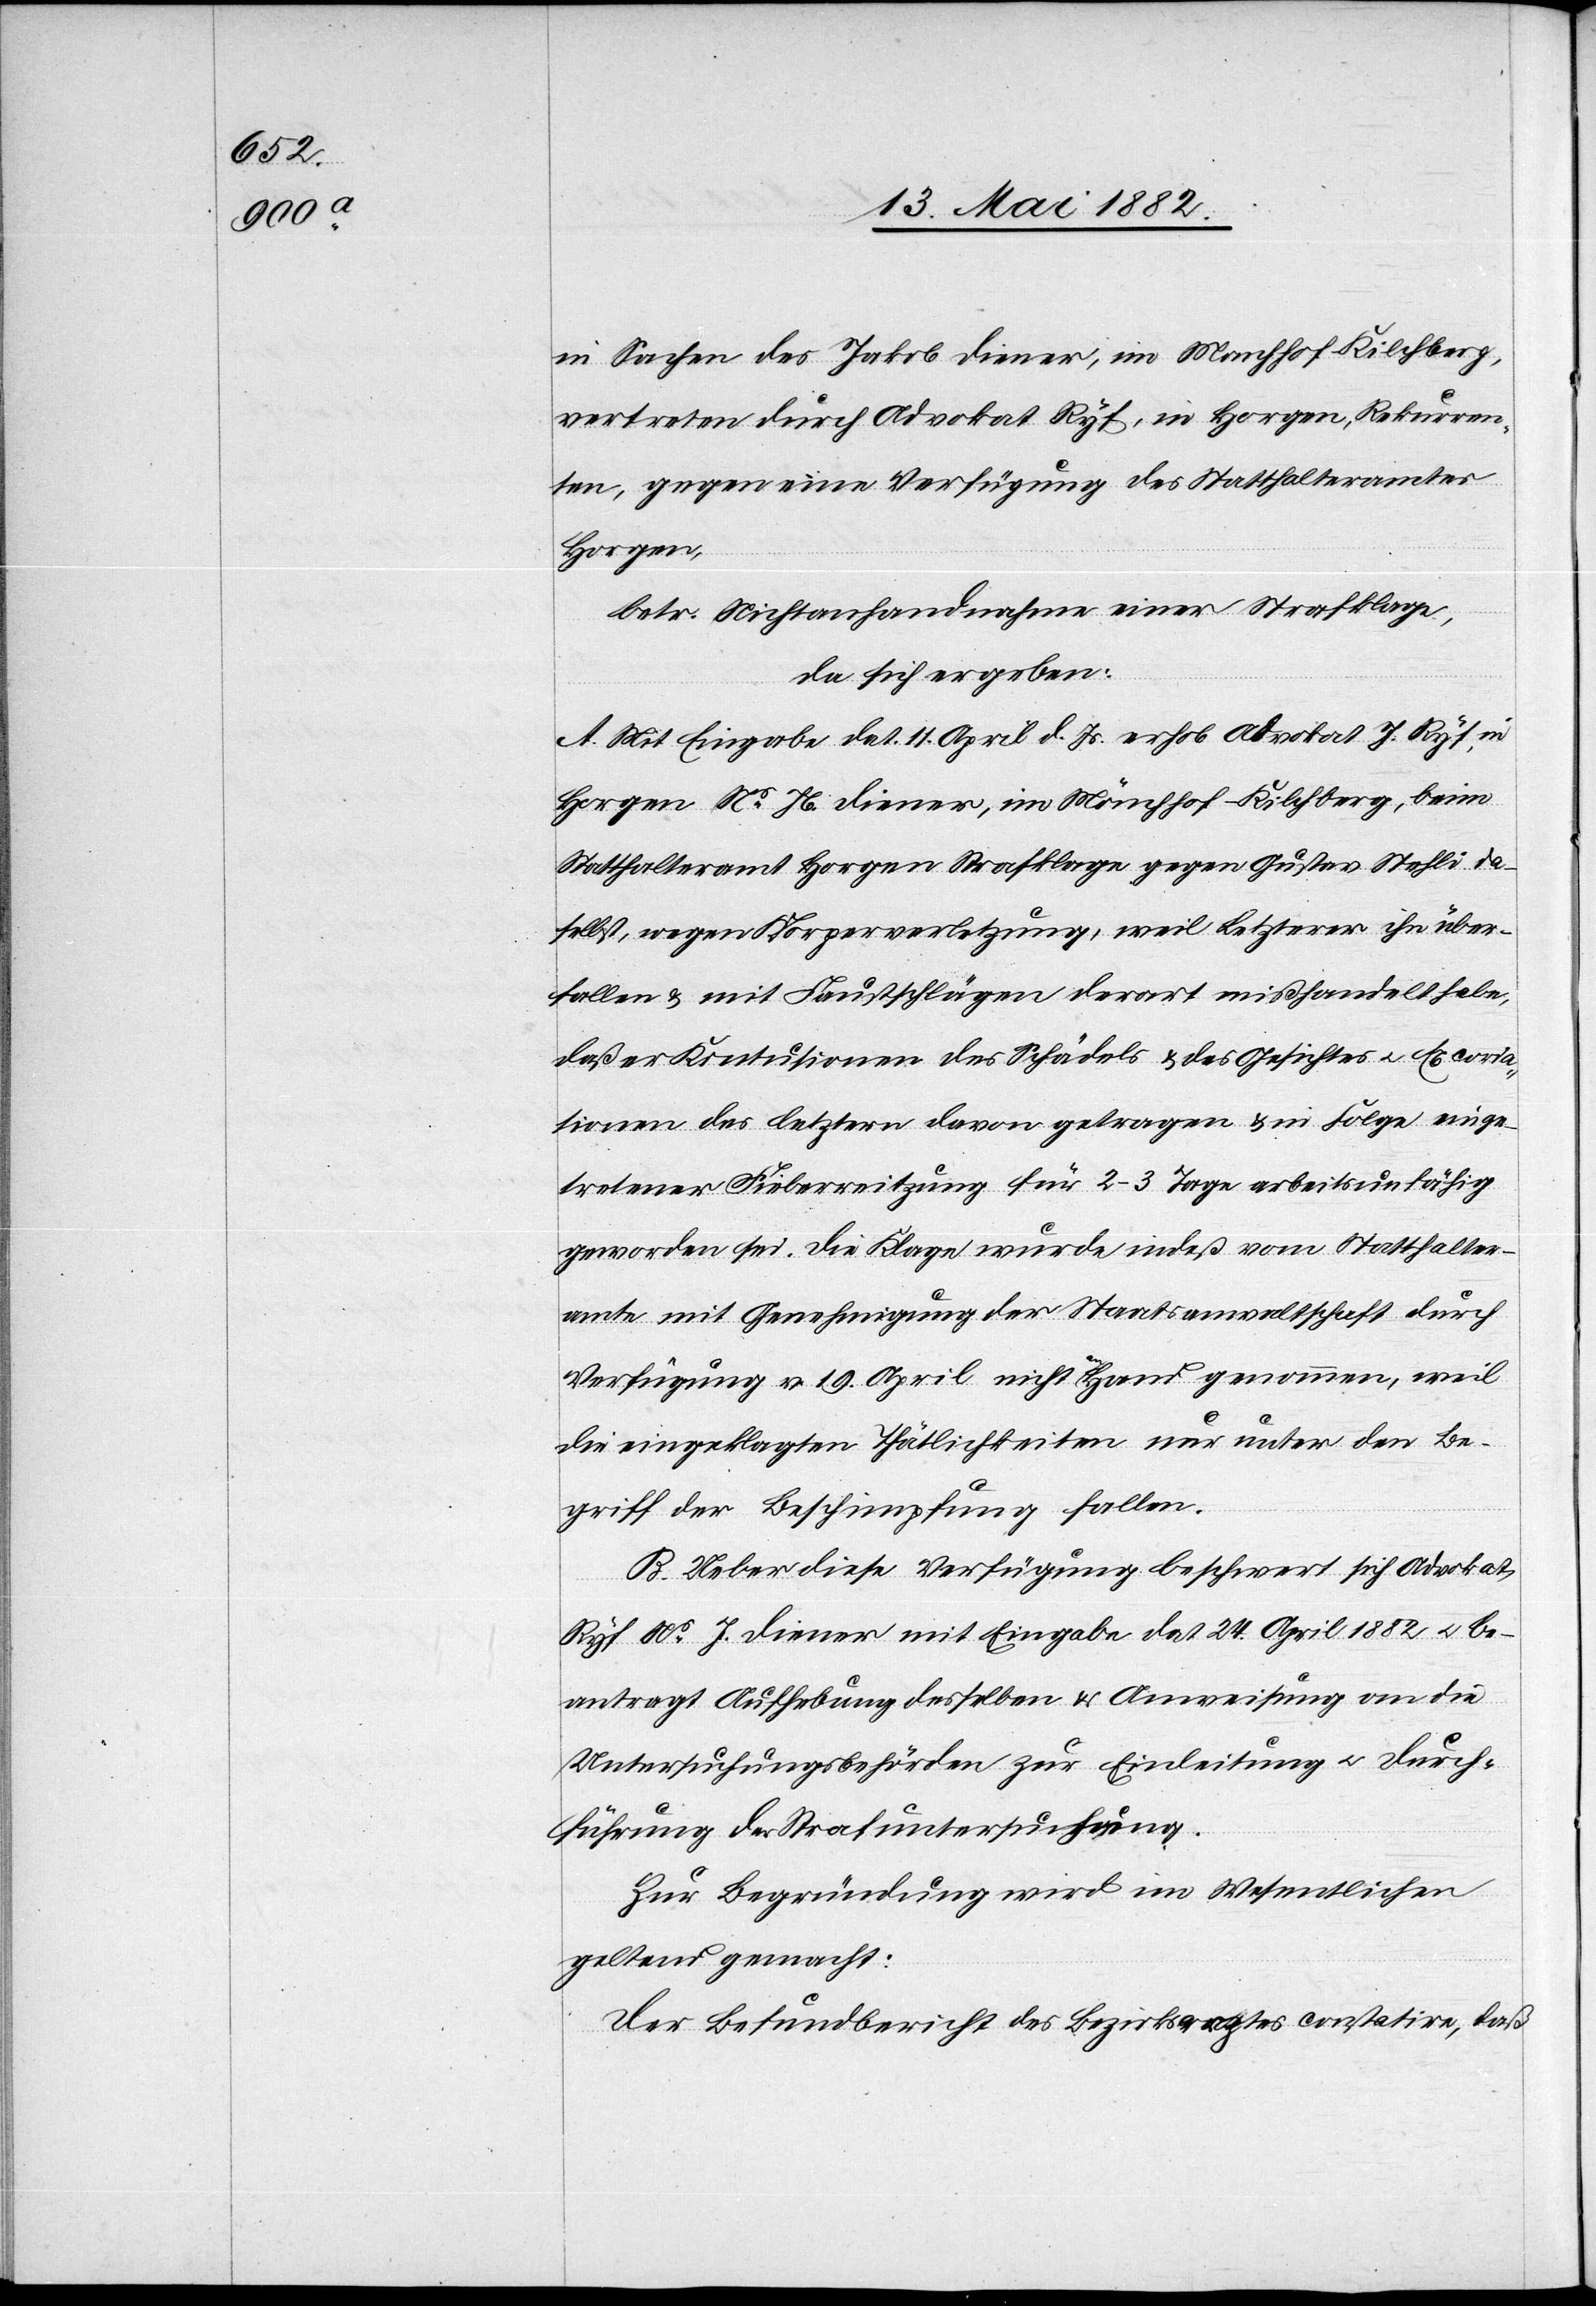
in Sachen des Jakob Diener, im Mönchhof - Kilchberg,
vertreten durch Advokat Ryf, in Horgen, Rekurren¬
ten gegen eine Verfügung des Statthalteramtes
Horgen,
betr. Nichtanhandnahme einer Strafklage,
da sich ergeben:
A. Mit Eingabe dat. 11. April d. Js. erhob Advokat J. Ryf, in
Horgen Ns Jb. Diener, im Mönchhof - Kilchberg, beim
Statthalteramt Horgen Strafklage gegen Gustav Stehli da¬
selbst, wegen Körperverletzung, weil Letzterer ihn über¬
fallen & mit Faustschlägen derart mißhandelt habe,
daß er Kontusionen des Schädels & des Gesichtes u. Excoria¬
sionen des letztern davon getragen & in Folge einge¬
tretener Fieberreitzung für 2–3 Tage arbeitsunfähig
geworden sei. Die Klage wurde indeß vom Statthalter¬
amt mit Genehmigung der Staatsanwaltschaft durch
Verfügung v. 19. April nicht an Hand genommen, weil
die eingeklagten Thätlichkeiten nur unter den Be¬
griff der Beschimpfung fallen.
B. Ueber diese Verfügung beschwert sich Advokat
Ryf Ns J. Diener mit Eingabe dat. 24. April 1882 u. be¬
antragt Aufhebung desselben & Anweisung an die
Untersuchungsbehörden zur Einleitung u. Durch¬
führung der Strafuntersuchung.
Zur Begründung wird im Wesentlichen
geltend gemacht:
Der Befundbericht des Bezirksarztes constatire, daß